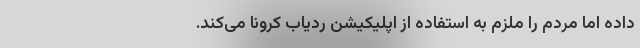
داده اما مردم را ملزم به استفاده از اپلیکیشن ردیاب کرونا می‌کند.